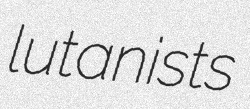
lutanists